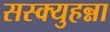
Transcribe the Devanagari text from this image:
सस्क्युहन्ना